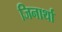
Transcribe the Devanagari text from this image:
जिनार्था